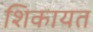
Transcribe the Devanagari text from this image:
शिकायत